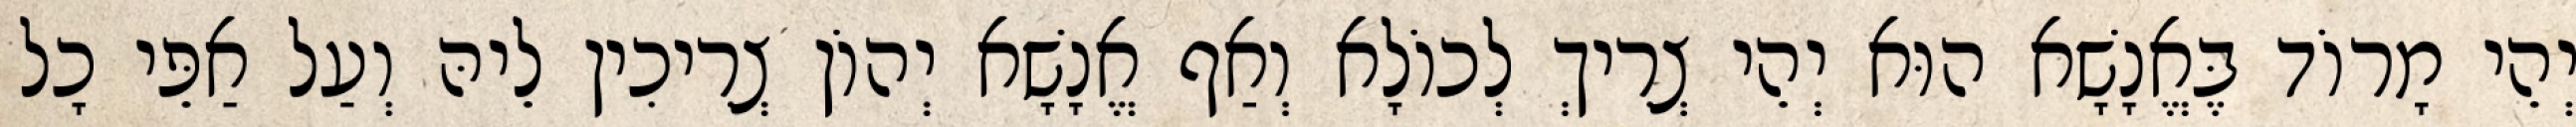
יְהֵי מָרוֹד בֶּאֱנָשָׁא הוּא יְהֵי צְרִיךְ לְכוֹלָא וְאַף אֱנָשָׁא יְהוֹן צְרִיכִין לֵיהּ וְעַל אַפֵּי כָל